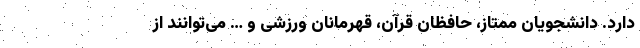
دارد. دانشجویان ممتاز، حافظان قرآن، قهرمانان ورزشی و … می‌توانند از